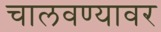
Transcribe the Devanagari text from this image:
चालवण्यावर